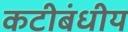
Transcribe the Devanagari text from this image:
कटीबंधीय